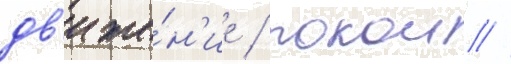
дв'иже́н'ие / покои //